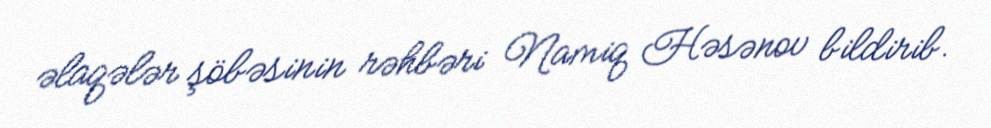
əlaqələr şöbəsinin rəhbəri Namiq Həsənov bildirib.